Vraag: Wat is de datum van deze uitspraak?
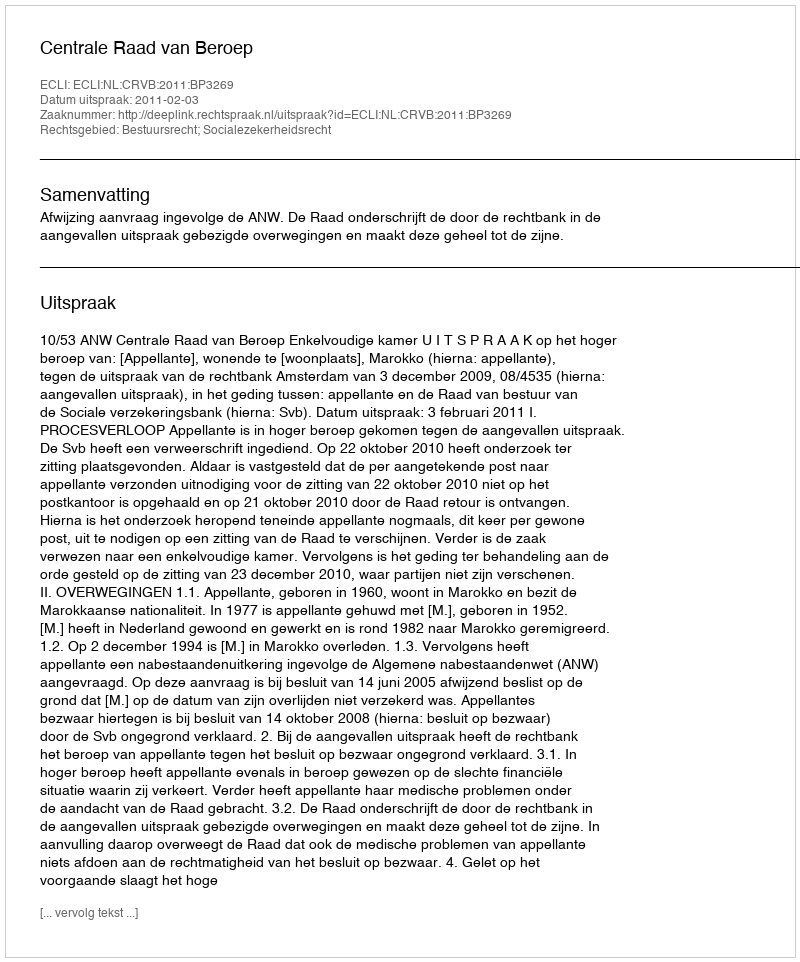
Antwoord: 2011-02-03